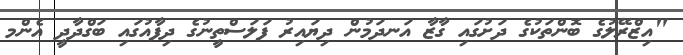
"އިޒްރޭލުގެ ބޮންތަކުގެ ދަށުގައި ގާޒާ އަނދަމުން ދިޔައިރު ފަލަސްތީނުގެ ދިފާއުގައި ބަގްދާދީ އެންމ